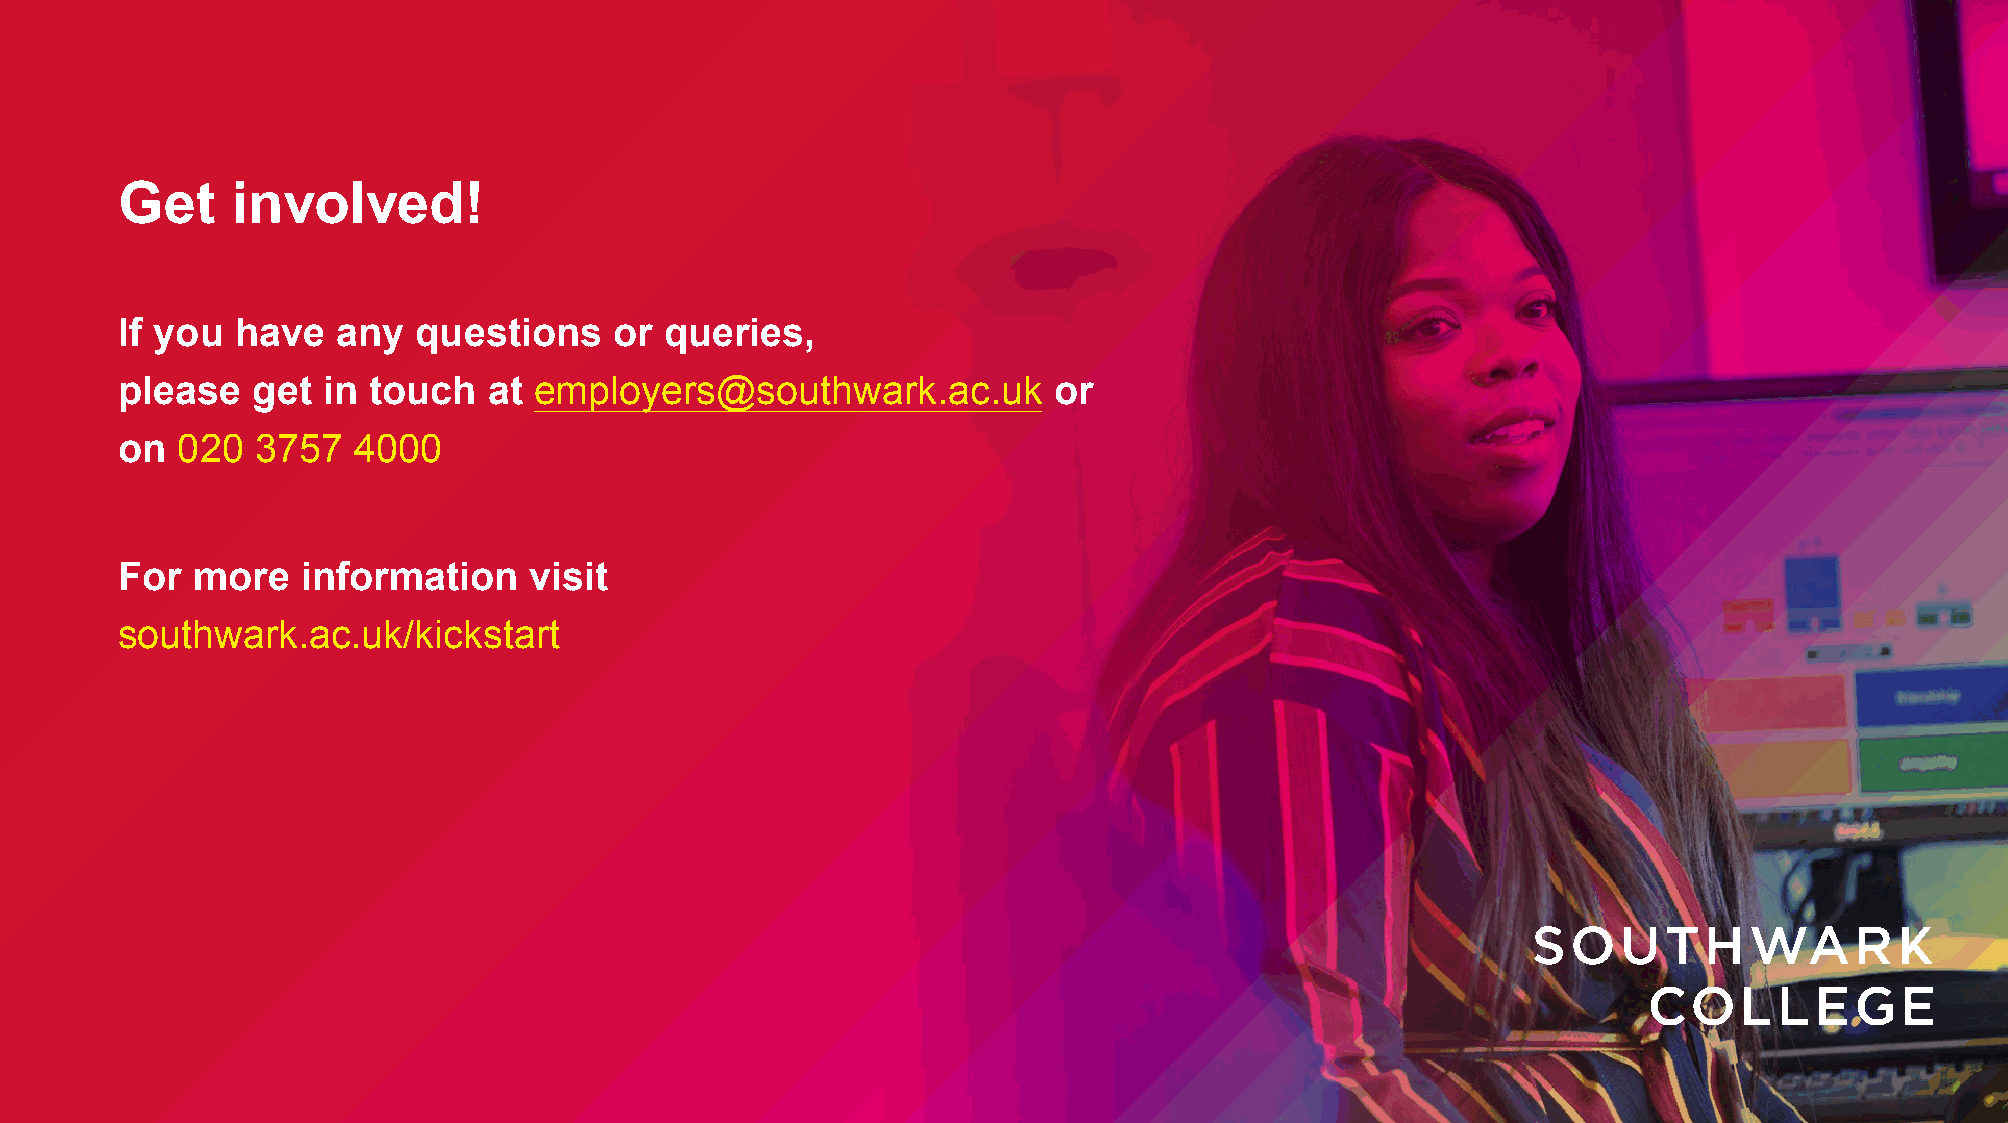
Get    involved!
 If you  have  any  questions     or queries,
 please   get in touch   at employers@southwark.ac.uk          or
 on  020  3757  4000
 For  more   information    visit
 southwark.ac.uk/kickstart